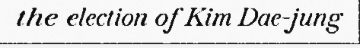
the election of Kim Dae-jung